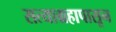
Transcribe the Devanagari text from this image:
सत्याग्रहापासून